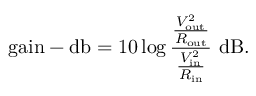
{ \mathrm { g a i n - d b } } = 1 0 \log { \frac { \frac { V _ { \mathrm { o u t } } ^ { 2 } } { R _ { \mathrm { o u t } } } } { \frac { V _ { \mathrm { i n } } ^ { 2 } } { R _ { \mathrm { i n } } } } } ~ \mathrm { d B } .